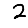
Digit: 2